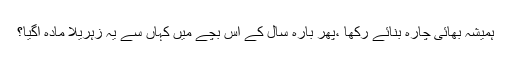
ہمیشہ بھائی چارہ بنائے رکھا ،پھر بارہ سال کے اس بچے میں کہاں سے یہ زہریلا مادہ آگیا؟